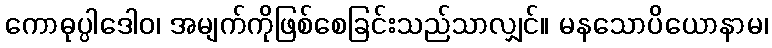
ကောဓုပ္ပါဒေါဝ၊ အမျက်ကိုဖြစ်စေခြင်းသည်သာလျှင်။ မနသောပိယောနာမ၊